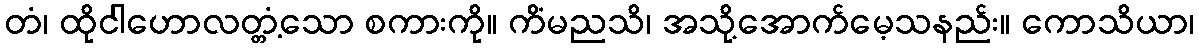
တံ၊ ထိုငါဟောလတ္တံ့သော စကားကို။ ကိံမညသိ၊ အသို့အောက်မေ့သနည်း။ ကောသိယာ၊